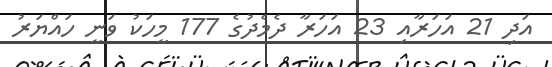
އަދި 21 އަހަރާއި 23 އަހަރާ ދެމެދުގެ 177 މީހަކު ވަނީ ހައްޔަރު